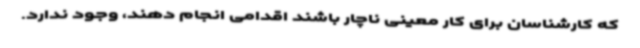
که کارشناسان برای کار معینی ناچار باشند اقدامی انجام دهند، وجود ندارد.